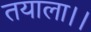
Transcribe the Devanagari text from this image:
तयाला।।